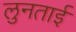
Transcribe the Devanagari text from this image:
लुनताई